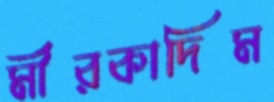
মীরকাদিম